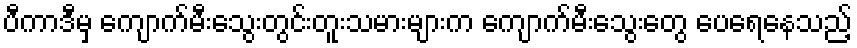
ပီကာဒီမှ ကျောက်မီးသွေးတွင်းတူးသမားများက ကျောက်မီးသွေးတွေ ပေရေနေသည့်